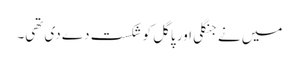
میں نے جنگلی اور پاگل کو شکست دے دی تھی۔